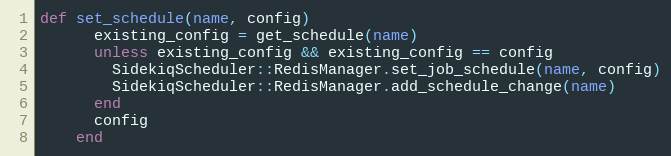
Language: Ruby
def set_schedule(name, config)
      existing_config = get_schedule(name)
      unless existing_config && existing_config == config
        SidekiqScheduler::RedisManager.set_job_schedule(name, config)
        SidekiqScheduler::RedisManager.add_schedule_change(name)
      end
      config
    end